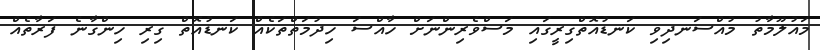
މައުލޫމާތު މުއްސަނދިވި ކަނޑުއޮތްގިރީގައި މަސްވެރިންނަށް ހާއްސަ ހިދުމަތްތަކެއް ކަނޑުއޮތް ގިރި ހިންގާނެ ފަރާތެއް